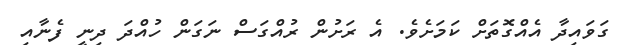
ގަވައިދާ އެއްގޮތަށް ކަމަށެވެ. އެ ރަށުން ރުއްގަސް ނަގަން ހުއްދަ ދިނީ ފެނާއި